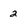
Character: 2